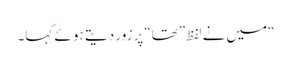
“میں نے لفظ”تھا“پر زور دیتے ہو ئے کہا۔